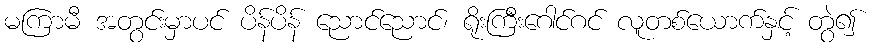
မကြာမီ အတွင်းမှာပင် ပိန်ပိန် ညောင်ညောင်၊ ရိုးကြီးဂေါင်ဂင် လူတစ်ယောက်နှင့် တွဲ၍